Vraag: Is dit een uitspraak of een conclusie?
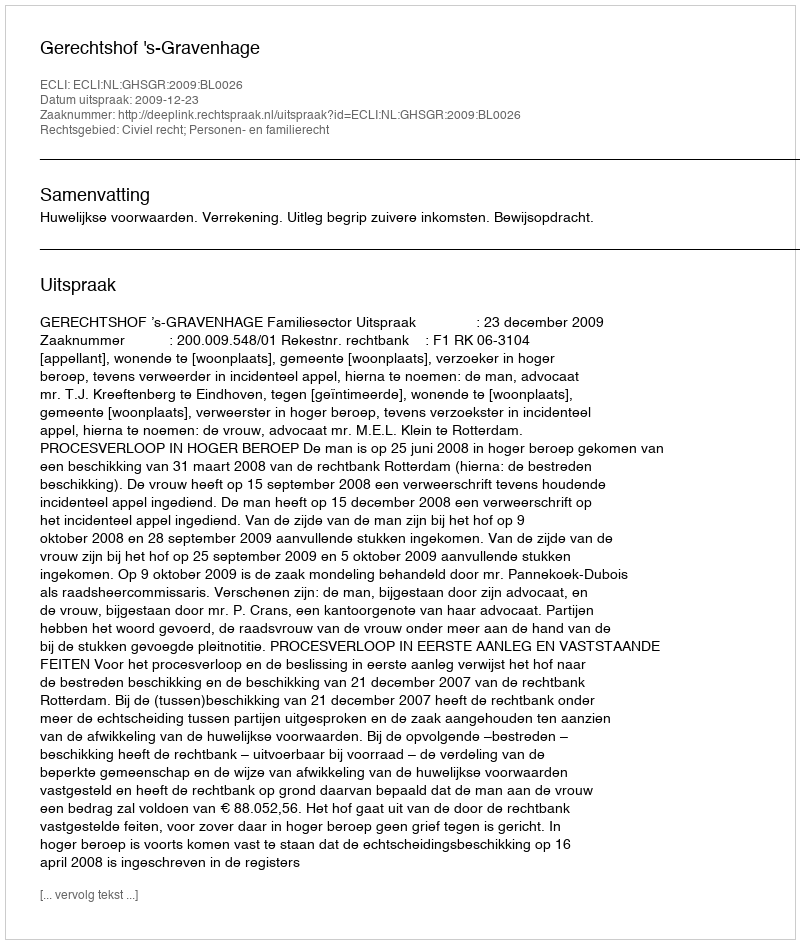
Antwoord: Uitspraak